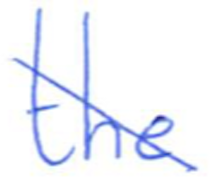
Text: the
Cross-out: diagonal
Writing tool: ballpoint